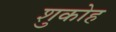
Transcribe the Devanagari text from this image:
शुकोह